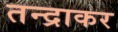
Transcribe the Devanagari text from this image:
तन्द्राकर